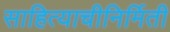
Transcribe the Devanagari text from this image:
साहित्याचीनिर्मिती